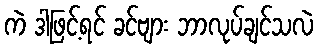
ကဲ ဒါဖြင့်ရင် ခင်ဗျား ဘာလုပ်ချင်သလဲ